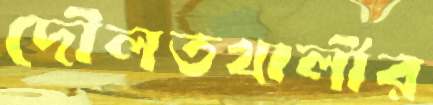
দৌলতখালীর